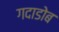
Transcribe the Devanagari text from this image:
गदाडोब